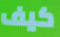
كيف